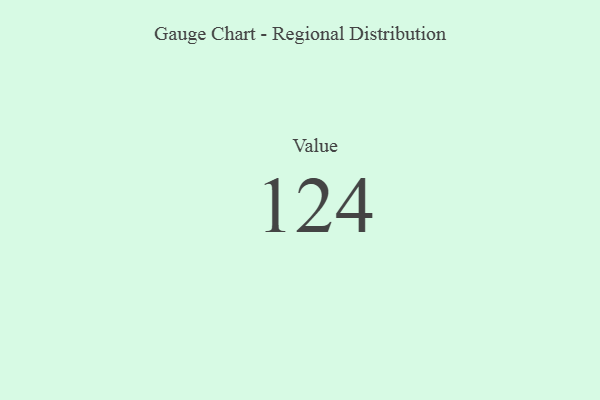
{"axis": {"x": "Metric", "y": "Value"}, "legend": [""], "data": [{"x": "Value", "y": 124, "type": ""}]}